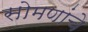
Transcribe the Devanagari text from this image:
सोमणांचे